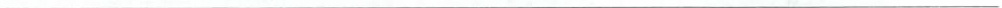
___